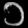
Digit: ၁